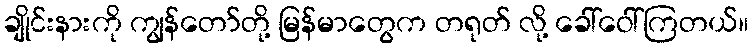
ချိုင်းနားကို ကျွန်တော်တို့ မြန်မာတွေက တရုတ် လို့ ခေါ်ဝေါ်ကြတယ်။